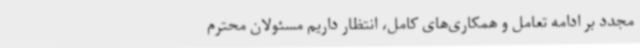
مجدد بر ادامه تعامل و همکاری‌های کامل، انتظار داریم مسئولان محترم